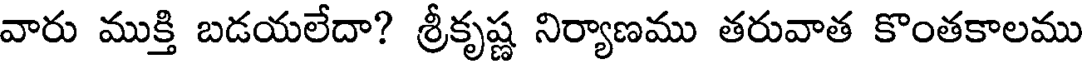
వారు ముక్తి బడయలేదా? శ్రీకృష్ణ నిర్యాణము తరువాత కొంతకాలము